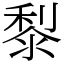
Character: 𪏭